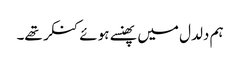
ہم دلدل میں پھنسے ہوئے کنکر تھے۔